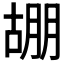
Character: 𭩀